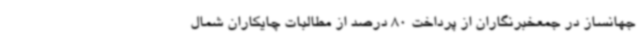
جهانساز در جمعخبرنگاران از پرداخت 80 درصد از مطالبات چایکاران شمال